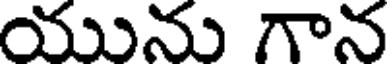
యును గాన